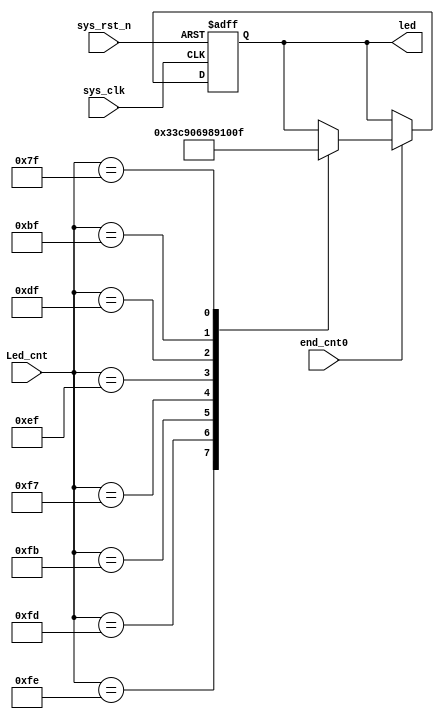
/*****************************************************
	 
	2023/11/21    1s
*****************************************************/
module  ymq

(
    input   wire            sys_clk     ,   //,50MHz
    input   wire            sys_rst_n   ,   //,
	 input   wire            end_cnt0   ,
	 input   wire    [7:0]    Led_cnt		,
    output  reg    [6:0]    led          //

);

//led:
always@(posedge sys_clk or negedge sys_rst_n)
	if(sys_rst_n == 1'b0)
       led<=7'b111_1111;
	else if( end_cnt0  )	begin
	case(Led_cnt)
		8'b1111_1110:led<=7'b000_0001;
		8'b1111_1101:led<=7'b100_1111;
		8'b1111_1011:led<=7'b001_0010;
		8'b1111_0111:led<=7'b000_0110;
		8'b1110_1111:led<=7'b100_1100;
		8'b1101_1111:led<=7'b010_0100;
		8'b1011_1111:led<=7'b010_0000;
		8'b0111_1111:led<=7'b000_1111;
	endcase
//	ledcnt<=7'b000_1111;
	end

endmodule